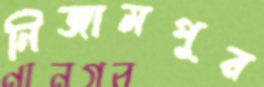
নিজামপুর